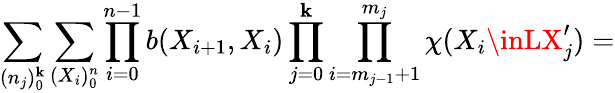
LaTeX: \sum_{(n_{j})_{0}^{\mathbf{k}}}\sum_{(X_{i})_{0}^{n}}\prod_{i=0}^{n-1}b(X_{i+1},X_{i})\prod_{j=0}^{\mathbf{k}}\prod_{i=m_{j-1}+1}^{m_{j}}\chi(X_{i}\inLX_{j}^{\prime})=